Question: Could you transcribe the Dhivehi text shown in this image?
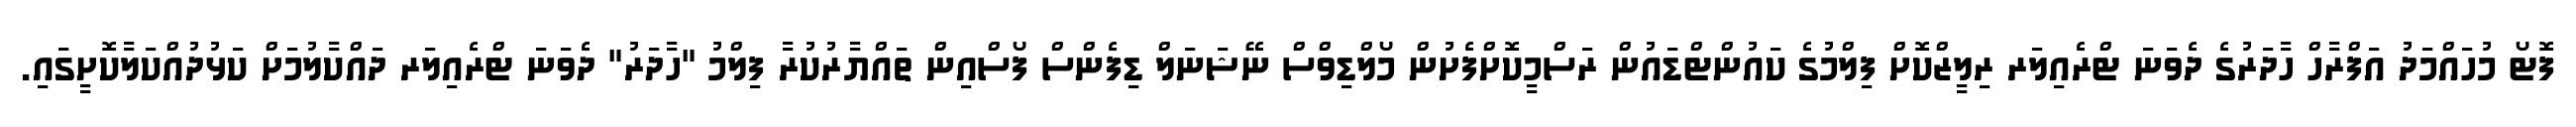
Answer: ފޮޓޯ މުހައްމަދު އަފްރާހް ހާދަރުގެ ދެވަނަ ޓްރެއިލަރ ރިލީޒްކޮށް ފިލްމުގެ ކައުންޓްޑައުން ރަސްމީކޮށްފެށުން މޯލްޑިވްސް ނޭޝަނަލް ޑިފެންސް ފޯސްއިން ތައްޔާރުކުރާ ފިލްމު "ހާދަރު" ދެވަނަ ޓްރެއިލަރ ދައްކާލުމަށް ކަޅުދުއްކަލާކޮށީގައި.